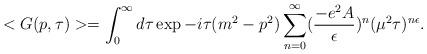
LaTeX: \begin{align*}<G(p,\tau)> = \int_0^\infty d\tau \exp{-i \tau (m^2-p^2)} \sum_{n=0}^\infty(\frac{-e^2 A}{\epsilon})^n (\mu^2 \tau)^{n \epsilon}.\end{align*}